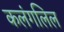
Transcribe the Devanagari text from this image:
कलंगलिल